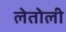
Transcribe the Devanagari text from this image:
लेतोली